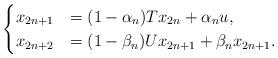
LaTeX: \begin{align*}\begin{cases}x_{2n+1}&=(1-\alpha_n)Tx_{2n} + \alpha_n u,\\x_{2n+2}&=(1-\beta_n)Ux_{2n+1} + \beta_nx_{2n+1}.\end{cases}\end{align*}